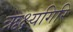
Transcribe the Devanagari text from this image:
ऋक्ष्यगिरि